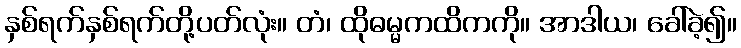
နှစ်ရက်နှစ်ရက်တို့ပတ်လုံး။ တံ၊ ထိုဓမ္မကထိကကို။ အာဒါယ၊ ခေါ်ခဲ့၍။